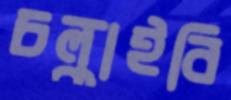
চল্‌কাইবি